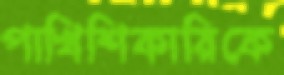
পাখিশিকারিকে